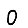
Digit: 0